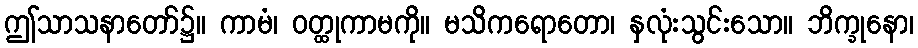
ဤသာသနာတော်၌။ ကာမံ၊ ဝတ္ထုကာမကို။ မသိကရောတော၊ နှလုံးသွင်းသော။ ဘိက္ခုနော၊